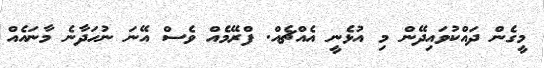
މީގެން ދައްކުވައިދޭން މި އުޅެނީ އެއްޗެއް. ފްރޭމެއް ވެސް އޭނަ ނުހަދާނެ މާނައެއް